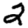
Digit: 2